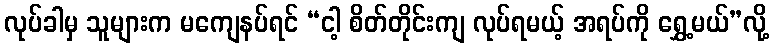
လုပ်ခါမှ သူများက မကျေနပ်ရင် “ငါ့ စိတ်တိုင်းကျ လုပ်ရမယ့် အရပ်ကို ရွှေ့မယ်”လို့